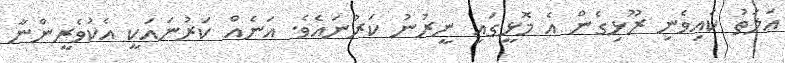
އަލަތު ކައިވެނި ރޫޅިގެން އެ މޮޅީގައި ނީރުނު ކަރުނައެވެ. އަނެއް ކަރުނައަކީ އެކުވެރީންނާ